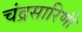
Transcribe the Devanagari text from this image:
चंद्रसारिणी